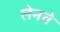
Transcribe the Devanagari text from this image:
लेनचे